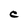
Character: C